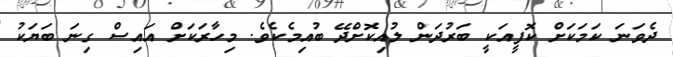
ދެވަނަ ކަމަކަށް ކޮފީއަކީ ބަރުދަން ލުއިކޮށްދޭ ބުއިމެކެވެ. މިހާރަކަށް އައިސް ގިނަ ބަޔަކު